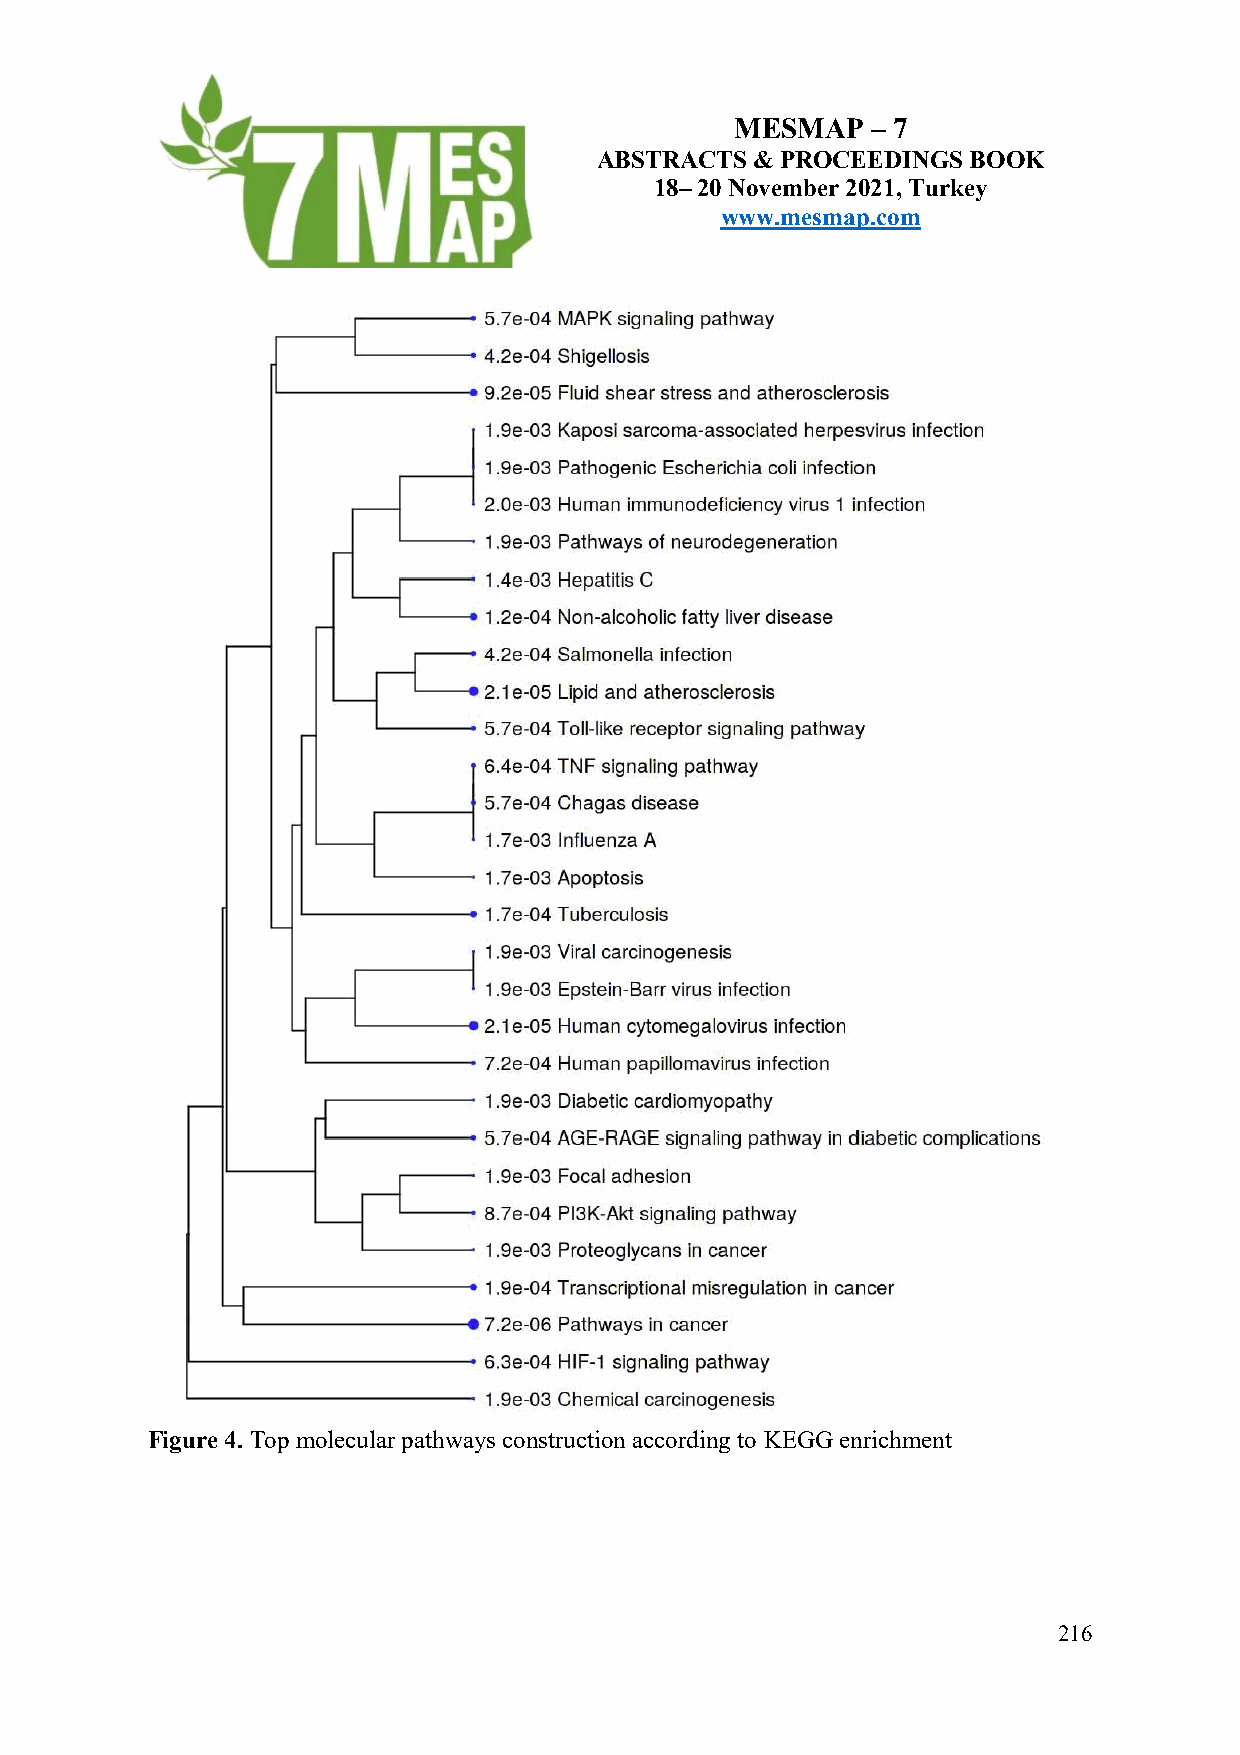
MESMAP   – 7
 ABSTRACTS  & PROCEEDINGS BOOK
 18– 20 November 2021, Turkey
 www.mesmap.com
 Figure 4. Top molecular pathways construction according to KEGG enrichment
 216